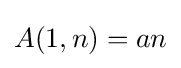
A(1,n)=an